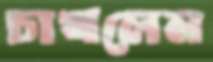
চাখলেন